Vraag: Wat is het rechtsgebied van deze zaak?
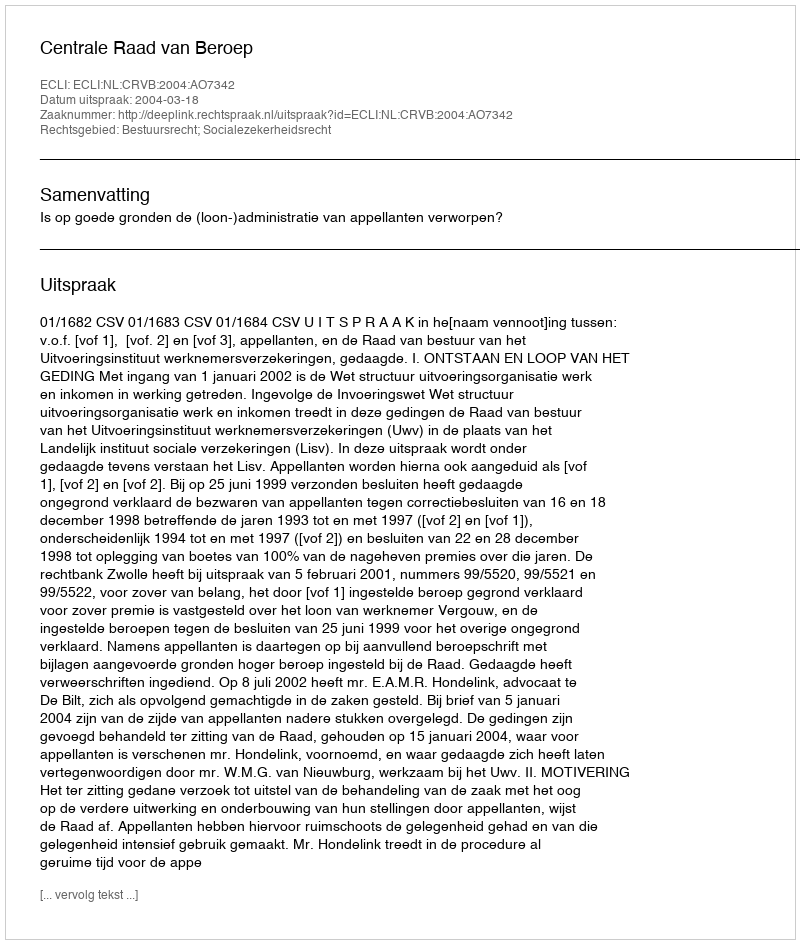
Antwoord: Bestuursrecht; Socialezekerheidsrecht